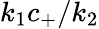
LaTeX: k_{1}c_{+}/k_{2}